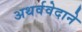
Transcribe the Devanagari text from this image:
अथर्ववेदाने